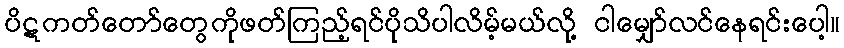
ပိဋကတ်တော်တွေကိုဖတ်ကြည့်ရင်ပိုသိပါလိမ့်မယ်လို့ ငါမျှော်လင်နေရင်းပေါ့။